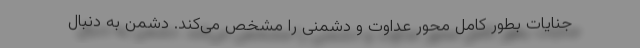
جنایات بطور کامل محور عداوت و دشمنی را مشخص می‌کند. دشمن به دنبال